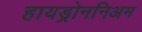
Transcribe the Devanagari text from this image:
हायड्रोननिअम